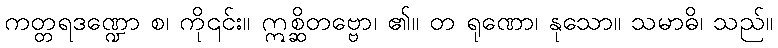
ကတ္တရဒဏ္ဍော စ၊ ကို၎င်း။ ဣစ္ဆိတဗ္ဗော၊ ၏။ တ ရုဏော၊ နုသော။ သမာဓိ၊ သည်။